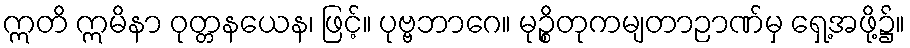
ဣတိ ဣမိနာ ဝုတ္တနယေန၊ ဖြင့်။ ပုဗ္ဗဘာဂေ။ မုဉ္စိတုကမျတာဉာဏ်မှ ရှေ့အဖို့၌။